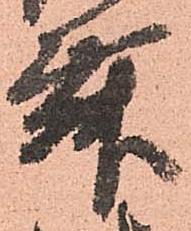
舞